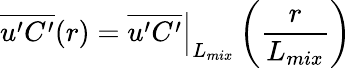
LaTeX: \overline{{u^{\prime}C^{\prime}}}(r)=\left.\overline{{u^{\prime}C^{\prime}}}\right|_{L_{mix}}\left(\frac{r}{L_{mix}}\right)